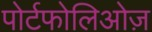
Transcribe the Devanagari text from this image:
पोर्टफोलिओज़